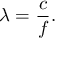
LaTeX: \lambda = { \frac { c } { f } } .